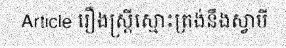
Article រឿងស្ត្រីស្មោះត្រង់នឹងស្វាមី